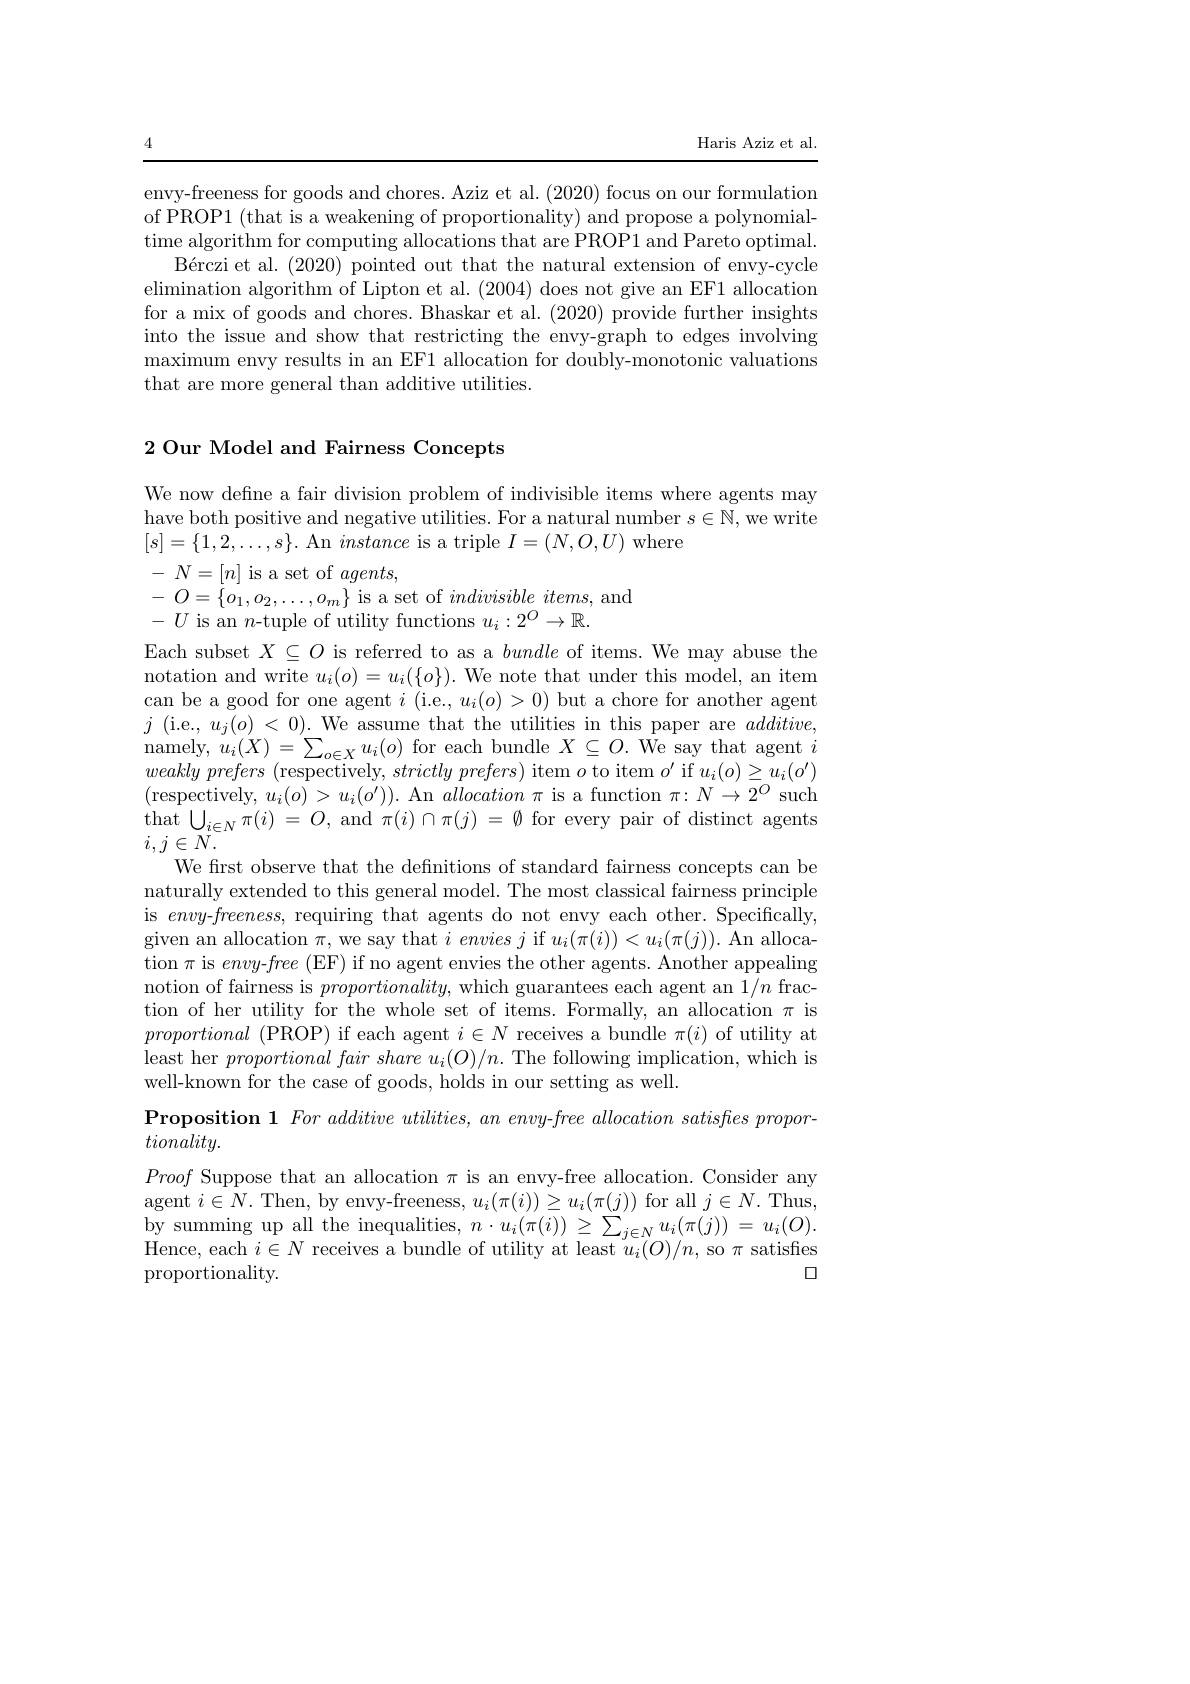
Haris Aziz et al

4

envy-freeness for goods and chores. Aziz et al. (2020) focus on our formulation of PROP1 (that is a weakening of proportionality) and propose a polynomialtime algorithm for computing allocations that are PROP1 and Pareto optimal.
Bérczi et al. (2020) pointed out that the natural extension of envy-cycle elimination algorithm of Lipton et al. (2004) does not give an EF1 allocation for a mix of goods and chores. Bhaskar et al. (2020) provide further insights into the issue and show that restricting the envy-graph to edges involving maximum envy results in an EF1 allocation for doubly-monotonic valuations that are more general than additive utilities.

### 2 Our Model and Fairness Concepts

We now define a fair division problem of indivisible items where agents may

have both positive and negative utilities. For a natural number $s\in\mathbb{N}$,we write

$[s]=\{1,2,\ldots,s\}.$ An instance is a triple $I=(N,O,U)$ where

$\begin{array}{l}{-\:N=[n]\:\mathrm{is~a~set~of~}agents,}\\{-\:O=\:\{o_{1},o_{2},\ldots,o_{m}\}\:\mathrm{is~a~set~of~}indivisible\:items,~\mathrm{and}}\\{-\:U\:\mathrm{is~an~}n\mathrm{-tuple~of~utility~functions~}u_{i}:2^{O}\to\mathbb{R}.}\end{array}$
Each subset $X\subseteq O$ is referred to as a bundle of items. We may abuse the notation and write $u_i(o)=u_i(\{o\}).$ We note that under this model, an item can be a good for one agent $i$ (i.e., $u_i(o)>0)$ but a chore for another agent $j$ ( i. e. , $u_{j}( o) < 0) .$ We assume that the utilities in this paper are $additive$, ${\mathrm{namely,~}u_{i}(X)}=\sum_{o\in X}u_{i}(o){\mathrm{~for~each~bundle~}X\subseteq O.{\mathrm{~We~say~that~agent~}i}}$ $weaklyprefers~($respectively, $strictly\textit{prefers) item }o$ to item $o^\prime$ if $u_i(o)\geq u_i(o^{\prime})$ (respectively, $u_i(o)>u_i(o^{\prime})).$ An $allocation\pi$ is a function $\pi:N\to2^O$ such that $\bigcup _{i\in N}\pi ( i)$ = $O$, and $\pi ( i) \cap \pi ( j)$ = $\emptyset$ for every pair of distinct agents $i,j\in\bar{N}.$
We first observe that the defnitions of standard fairness concepts can be naturally extended to this general model. The most classical fairness principle is envy-$freeness$, requiring that agents do not envy each other. Specifically, given an allocation $\pi$,we say that $i\textit{envies }j$ if $u_i(\pi(i))<u_i(\pi(j)).$ An allocation $\pi$ is envy-free (EF) if no agent envies the other agents. Another appealing notion of fairness is $proportionality$, which guarantees each agent an 1/n fraction of her utility for the whole set of items. Formally, an allocation $\pi$ is proportional (PROP) if each agent $i\in N$ receives a bundle $\pi(i)$ of utility at least her $proportional\textit{fair share u}_i(O)/n.$ The following implication, which is well-known for the case of goods, holds in our setting as well.
Proposition 1 For additive utilities, an envy-free allocation satisfies propor-
$tionality.$
Proof Suppose that an allocation $\pi$ is an envy-free allocation. Consider any agent $i\in N.$ Then, by envy-freeness, $u_i(\pi(i))\geq u_i(\pi(j))$ for all $j\in N.$ Thus, $\begin{array}{l}{\mathrm{by~summing~up~all~the~inequalities,~}n\cdot u_{i}(\pi(i))\geq\sum_{j\in N}u_{i}(\pi(j))=u_{i}(O).}\\{\mathrm{In~di~}-N}\end{array}$

Hence, each $i\in N$ receives a bundle of utility at least $u_i(O)/n$, so $\pi$ satisfies
$\square$
$\operatorname{proportionality}.$